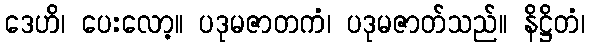
ဒေဟိ၊ ပေးလော့။ ပဒုမဇာတကံ၊ ပဒုမဇာတ်သည်။ နိဋ္ဌိတံ၊